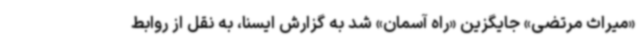
«میراث مرتضی» جایگزین «راه آسمان» شد به گزارش ایسنا، به نقل از روابط